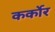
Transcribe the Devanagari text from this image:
कर्कोर